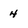
Character: 4